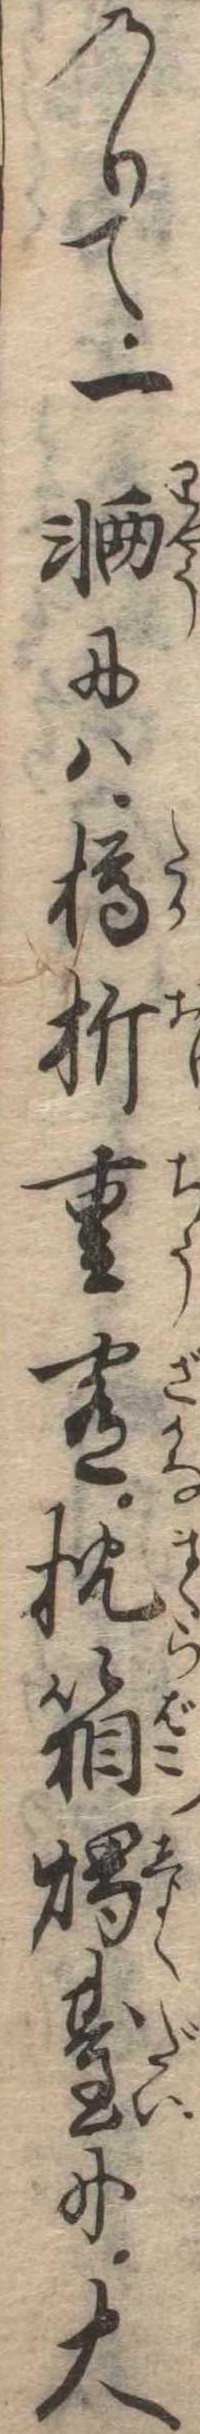
のりて一輛には樽折重肴枕箱燭台に大